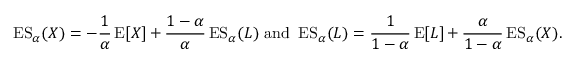
\operatorname { E S } _ { \alpha } ( X ) = - { \frac { 1 } { \alpha } } \operatorname { E } [ X ] + { \frac { 1 - \alpha } { \alpha } } \operatorname { E S } _ { \alpha } ( L ) { \mathrm { ~ a n d ~ } } \operatorname { E S } _ { \alpha } ( L ) = { \frac { 1 } { 1 - \alpha } } \operatorname { E } [ L ] + { \frac { \alpha } { 1 - \alpha } } \operatorname { E S } _ { \alpha } ( X ) .